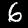
Label: 6